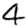
Digit: 4